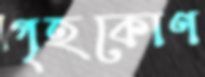
গৃহকোণ